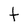
Character: t